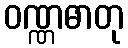
ဝဏ္ဏဓာတု